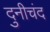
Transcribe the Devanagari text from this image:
दुनीचंद